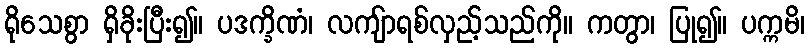
ရိုသေစွာ ရှိခိုးပြီး၍။ ပဒက္ခိဏံ၊ လကျ်ာရစ်လှည့်သည်ကို။ ကတွာ၊ ပြု၍။ ပက္ကမိ၊